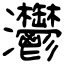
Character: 灪